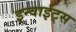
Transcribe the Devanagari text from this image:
इन्वाईट्स